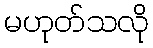
မဟုတ်သလို